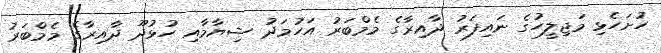
ހުށަހެޅި މަޖިލީހުގެ ނައިފަރު ދާއިރާގެ މެމްބަރު އަހުމަދު ޝިޔާމާއި ހުޅުދޫ ދާއިރާގެ މެމްބަރު